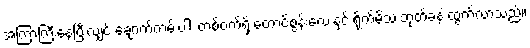
အကြာကြီးနေပြီးလျှင် ချောက်ကမ်းပါး တစ်ဝက်ရှိ တောင်စွန်းလေးနှင့် ရိုက်မိသံ ဘုတ်ခနဲ ထွက်လာသည်။